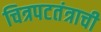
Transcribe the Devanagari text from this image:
चित्रपटतंत्राची